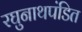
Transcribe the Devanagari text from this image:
रघुनाथपंडित